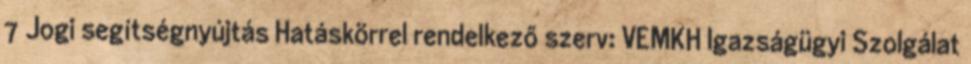
7 Jogi segítségnyújtás Hatáskörrel rendelkező szerv: VEMKH Igazságügyi Szolgálat